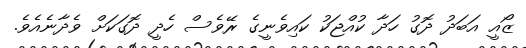
ޒޯއީ އަބަދު ދޮގު ހަދާ ކުއްޖަކު ކައިވެނީގެ ރޭވެސް ހެދީ ދޮގަކަށް ވެދާނެއެވެ.